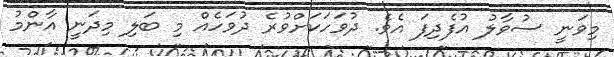
މިވަނީ ސުވާލު އުފެދިފަ އެވެ. ދުވަހަކަށްވުރެ ދުވަހެއް މި ބަލި މިދަނީ އާންމު